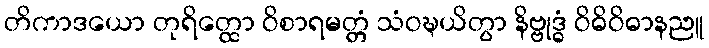
တိကာဒယော တုရိတ္ထော ဝိစာရမတ္တံ သံဝဍ္ဎယိတွာ နိဗ္ဗုဒ္ဓံ ဝိဓိဝိဓာနညူ